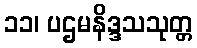
၁၁၊ ပဌမနိဒ္ဒသသုတ္တ